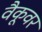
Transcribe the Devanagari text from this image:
वैकूवर